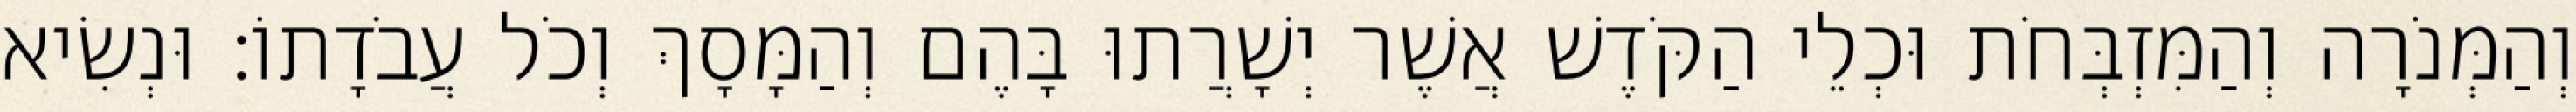
וְהַמְּנֹרָה וְהַמִּזְבְּחֹת וּכְלֵי הַקֹּדֶשׁ אֲשֶׁר יְשָׁרֲתוּ בָּהֶם וְהַמָּסָךְ וְכֹל עֲבֹדָתוֹ׃ וּנְשִׂיא